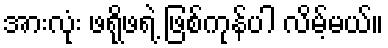
အားလုံး ဖရိုဖရဲ့ ဖြစ်ကုန်ပါ လိမ့်မယ်။